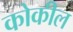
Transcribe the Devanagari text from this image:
कोकील